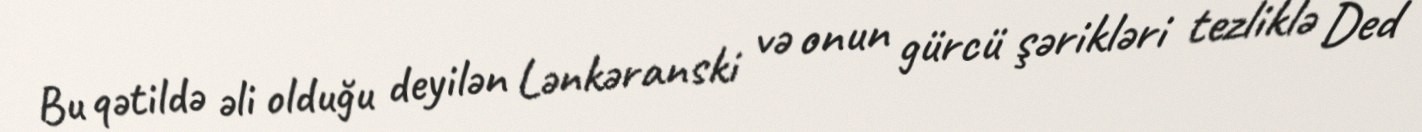
Bu qətildə əli olduğu deyilən Lənkəranski və onun gürcü şərikləri tezliklə Ded